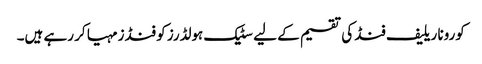
کورونا ریلیف فنڈ کی تقسیم کے لیے سٹیک ہولڈرز کو فنڈز مہیا کر رہے ہیں۔